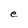
Character: e